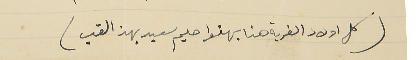
(كل اولاد القرية هنا يهنوا حليم سعيد بهذا القب)